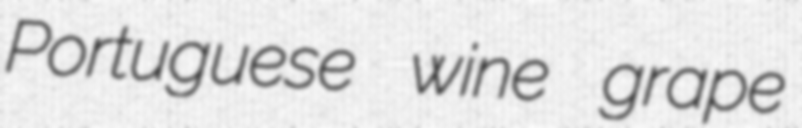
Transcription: Portuguese wine grape